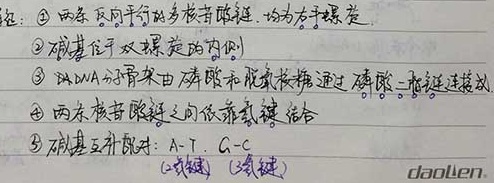
结构：
\textcircled{1} 两条反向平行的多核苷酸链，称为右手螺旋
\textcircled{2} 碱基位于双螺旋的内侧
\textcircled{3} DNA分子骨架由磷酸和脱氧核糖通过磷酸二酯键连接成
\textcircled{4} 两条核苷酸链之间依靠氢键结合
\textcircled{5} 碱基互补配对：A - T，G - C（氢键）（氢键）